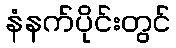
နံနက်ပိုင်းတွင်